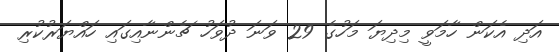
އަދި އެކަން ހާމަވީ މިދިޔަ މަހުގެ 29 ވަނަ ދުވަހު ޗެންނާއިގައި ހައްޔަރުކުރި